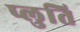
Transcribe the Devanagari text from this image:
प्लुति